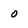
Character: 0